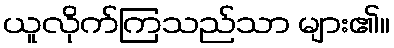
ယူလိုက်ကြသည်သာ များ၏။